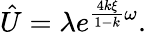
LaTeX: \hat{U}=\lambda e^{\frac{4k\xi}{1-k}\omega}.